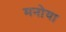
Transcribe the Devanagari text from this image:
मनोया